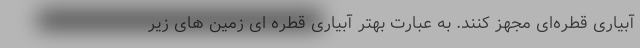
آبیاری قطره‌ای مجهز کنند. به عبارت بهتر آبیاری قطره ای زمین های زیر